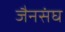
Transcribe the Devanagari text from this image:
जैनसंघ